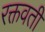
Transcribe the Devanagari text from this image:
रक्तवती